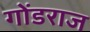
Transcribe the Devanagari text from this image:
गोंडराज